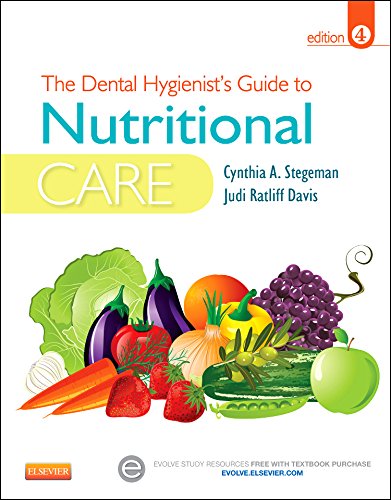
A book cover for The Dental Hygienist's Guide to Nutritional Care, 4e (Stegeman, Dental Hygienist's Guide to Nutrional Care); Cynthia A. Stegeman RDH  MEd  RD  LD  CDE; Medical Books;